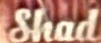
Shad